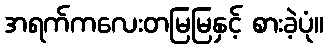
အရက်ကလေးတမြမြနှင့် စားခဲ့ပုံ။